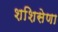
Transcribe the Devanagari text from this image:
शशिसेणा